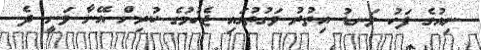
ނިއުގެ ފަހު ލަނޑު އިތުރު ވަގުތުގައި ޖެހުމުގެ ކުރިން އޭނާ ވަނީ ދެ